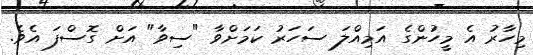
މިހާރު އެ މީހުންގެ އަމިއްލަ ސަހަރު ކަމަށްވާ "ސިވާ" އަށް ގޮސްފަ އެވެ.